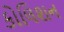
કોલિશન